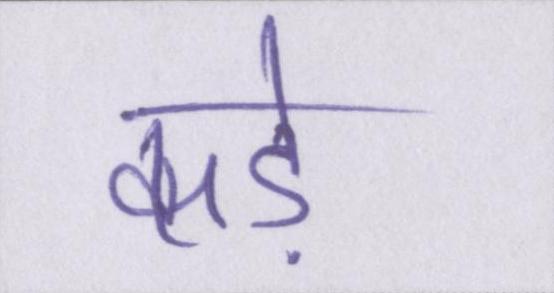
कड़े